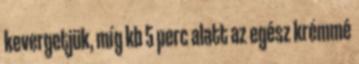
kevergetjük, míg kb 5 perc alatt az egész krémmé